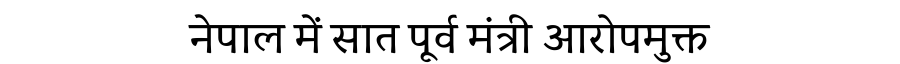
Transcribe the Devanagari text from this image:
नेपाल में सात पूर्व मंत्री आरोपमुक्त